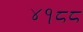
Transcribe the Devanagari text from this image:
४१८८